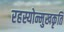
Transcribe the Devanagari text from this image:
रहस्योन्मुखकृति